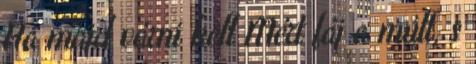
Ha majd várni kell Mért fáj a múlt, s